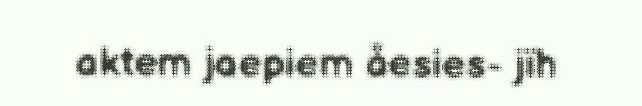
aktem jaepiem åesies- jïh